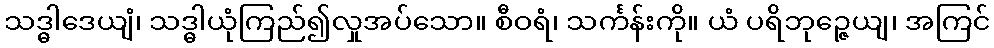
သဒ္ဓါဒေယျံ၊ သဒ္ဓါယုံကြည်၍လှုအပ်သော။ စီဝရံ၊ သင်္ကန်းကို။ ယံ ပရိဘုဉ္ဇေယျ၊ အကြင်